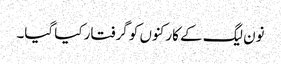
نون لیگ کے کارکنوں کو گرفتار کیا گیا۔